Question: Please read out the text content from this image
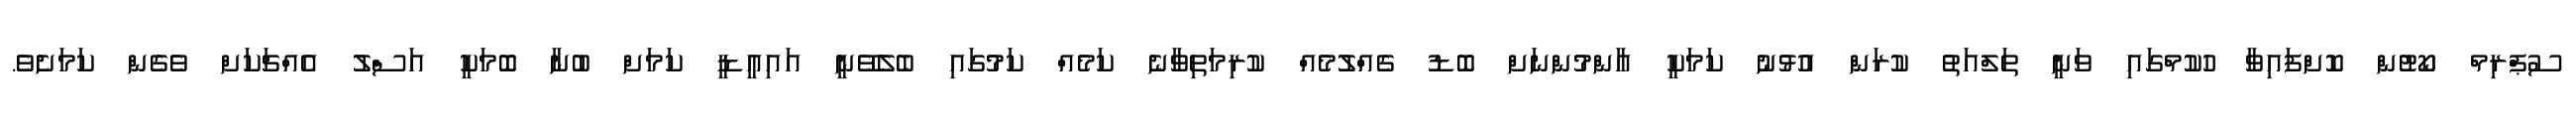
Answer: ސުޕްރިމް ކޯޓުން ކޮށްފައިވާ ހުކުމްގައި ވަނީ ތަލްއަތު ކުރަން އުޅުނު ކަމަކީ އާންމުންނަށް ބޮޑު ގެއްލުމެއް ކުރިމަތިވާނެ ކަމެއް ކަމުގައި ބެލެވޭނީ އައިއީޑީ ކަމަށް ބުނާ ބޮމަކީ އަސްލު އެއްޗަކަށް ވެގެން ކަމަށެވެ.